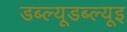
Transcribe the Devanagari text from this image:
डब्ल्यूडब्ल्यूइ